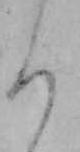
ろ